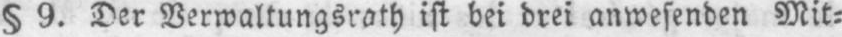
§ 9. Der Verwaltungsrath ist bei drei anwesenden Mit⸗